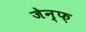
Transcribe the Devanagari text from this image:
जेन्फ़